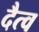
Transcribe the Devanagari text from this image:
दैत्व